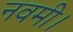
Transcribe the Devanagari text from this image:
नवमी।